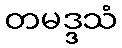
တမဒ္ဒသံ